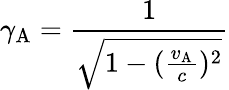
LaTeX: \gamma_{\mathrm{A}}={\frac{1}{\sqrt{1-({\frac{v_{\mathrm{A}}}{c}})^{2}}}}